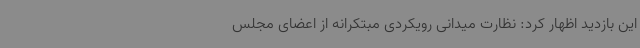
این بازدید اظهار کرد: نظارت میدانی رویکردی مبتکرانه از اعضای مجلس